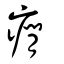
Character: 癇